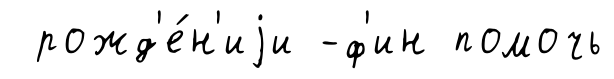
рожд'е́н'иjи -ф'ин помочь